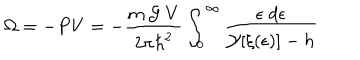
\Omega = - P V = - \frac { m \; { \cal { G } } \; V } { 2 \pi { \hbar } ^ { 2 } } \int _ { 0 } ^ { \infty } \frac { \epsilon \; d \epsilon } { { \cal { Y } } [ \xi ( \epsilon ) ] - h }